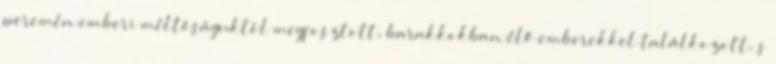
peremén emberi méltóságuktól megfosztott, barakkokban élő emberekkel találkozott, s